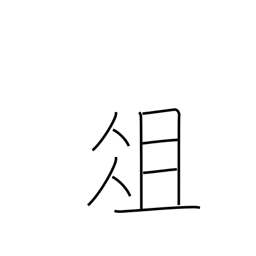
Meaning: chopping board